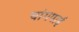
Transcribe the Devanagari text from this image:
चांगपाई